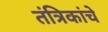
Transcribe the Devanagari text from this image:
तंत्रिकांचे